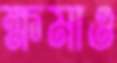
ক্ষমাও